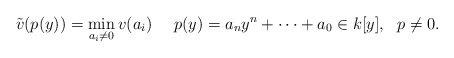
\begin{align*}\tilde{v}(p(y)) = \min_{a_i \neq 0} v(a_i) \ \ \ \ p(y) =a_n y^n + \cdots + a_0 \in k[y], \ \ p \neq 0.\end{align*}